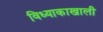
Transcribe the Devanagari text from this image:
विध्याकाखाली